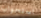
استجواب